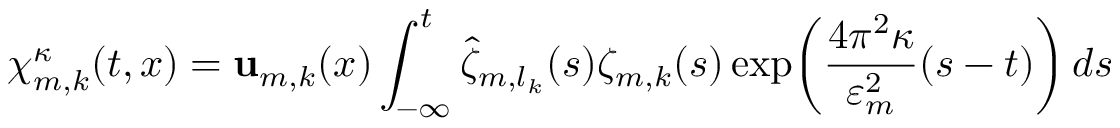
{ \boldsymbol { \chi } } _ { m , k } ^ { \kappa } ( t , x ) = \mathbf { u } _ { m , k } ( x ) \int _ { - \infty } ^ { t } \hat { \zeta } _ { m , l _ { k } } ( s ) \zeta _ { m , k } ( s ) \exp \mathopen { } \mathclose \bgroup \left( \frac { 4 \pi ^ { 2 } \kappa } { \varepsilon _ { m } ^ { 2 } } ( s - t ) \aftergroup \egroup \right) \, d s